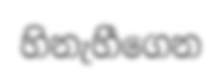
හිනැහීගෙන